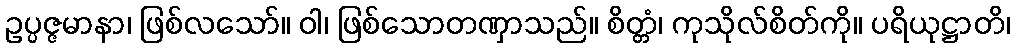
ဥပ္ပဇ္ဇမာနာ၊ ဖြစ်လသော်။ ဝါ၊ ဖြစ်သောတဏှာသည်။ စိတ္တံ၊ ကုသိုလ်စိတ်ကို။ ပရိယုဋ္ဌာတိ၊